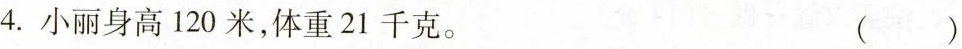
4.小丽身高120米，体重21千克。 ( )